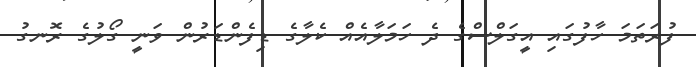
ފުރަތަމަ ހާފުގައި އީގަލްސްގެ ދެ ހަމަލާއެއް ކެލާގެ ޑިފެންޑަރުން ވަނީ ގޯލުގެ ރޮނގު